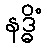
နဒ္ဓိံ